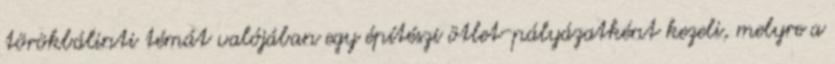
törökbálinti témát valójában egy építészi ötlet-pályázatként kezeli, melyre a